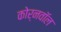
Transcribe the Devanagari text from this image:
कोर्नवॉल